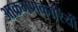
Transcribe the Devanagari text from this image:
आक्रमणकारियोंं